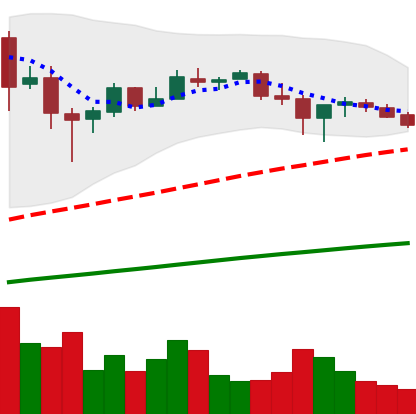
Ticker: BTC-USD
Chart end date: 2017-07-01
Forward return: 7.148%
Label: up_7plus